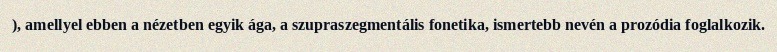
), amellyel ebben a nézetben egyik ága, a szupraszegmentális fonetika, ismertebb nevén a prozódia foglalkozik.